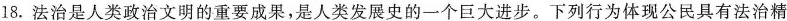
18.法治是人类政治文明的重要成果，是人类发展史的一个巨大进步。下列行为体现公民具有法治精